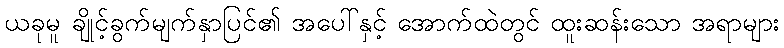
ယခုမူ ချိုင့်ခွက်မျက်နှာပြင်၏ အပေါ်နှင့် အောက်ထဲတွင် ထူးဆန်းသော အရာများ